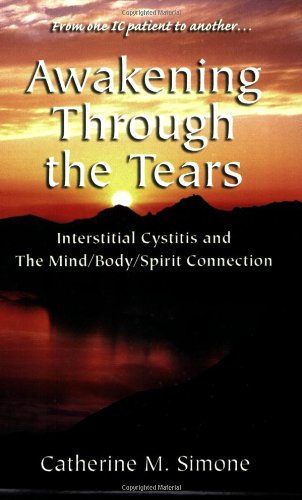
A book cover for Awakening Through the Tears: Interstitial Cystitis and the Mind/Body/Spirit Connection; Catherine M. Simone; Health, Fitness & Dieting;